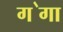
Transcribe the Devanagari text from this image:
ग॓गा